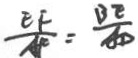
\frac { E F } { A F } = \frac { B E } { A D }